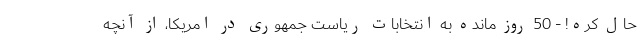
حال کُره! - 50 روز مانده به انتخابات ریاست جمهوری در امریکا، از آنچه